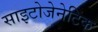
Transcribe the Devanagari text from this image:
साइटोजेनेटिक